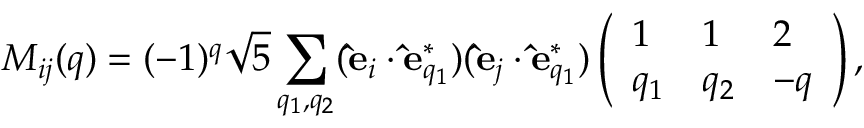
M _ { i j } ( q ) = ( - 1 ) ^ { q } \sqrt { 5 } \sum _ { q _ { 1 } , q _ { 2 } } ( \mathbf { \hat { e } } _ { i } \cdot \mathbf { \hat { e } } _ { q _ { 1 } } ^ { * } ) ( \mathbf { \hat { e } } _ { j } \cdot \mathbf { \hat { e } } _ { q _ { 1 } } ^ { * } ) \left( \begin{array} { l l l } { 1 } & { 1 } & { 2 } \\ { q _ { 1 } } & { q _ { 2 } } & { - q } \end{array} \right) ,